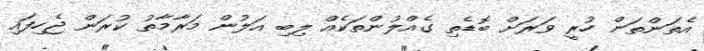
އެތަންތަން ހުރީ ވަރަށް ބޮޑެތި ގެއްލުންތަކެއް ލިބި އަލުން މަރާމާތު ކުރަން ޖެހިފައި